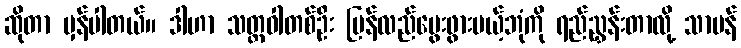
ဆိုတာ မှန်ပါတယ်။ ဒါဟာ သတ္တဝါတစ်ဦး ပြန်လည်မွေးဖွားမယ့်ဘုံကို ရည်ညွှန်းတာလို့ သာမန်